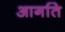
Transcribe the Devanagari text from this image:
आगति